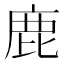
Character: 鹿